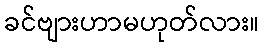
ခင်ဗျားဟာမဟုတ်လား။